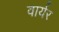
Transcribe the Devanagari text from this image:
वार्यर